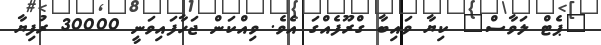
"ޕެޓް ލަވާސް" ކިޔާ ވައިބާ ގްރޫފެއްގަ އެވެ. ވިއްކަން ޖަހާފައިވަނީ 30000 ރުފިޔާ